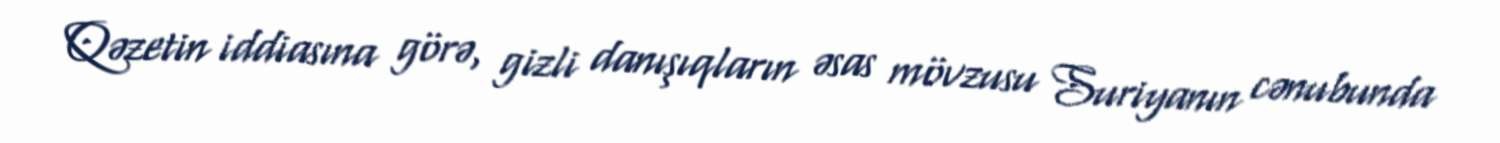
Qəzetin iddiasına görə, gizli danışıqların əsas mövzusu Suriyanın cənubunda